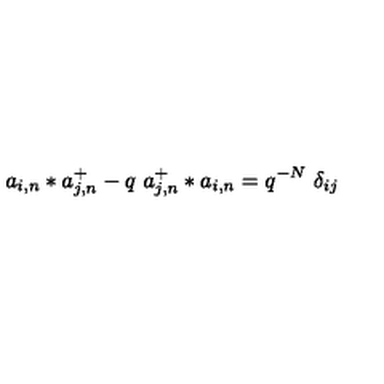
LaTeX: a _ { i , n } * a _ { j , n } ^ { + } - q \ a _ { j , n } ^ { + } * a _ { i , n } = q ^ { - N } \ \delta _ { i j }